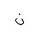
Letter: _non